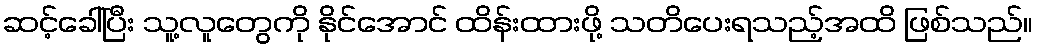
ဆင့်ခေါ်ပြီး သူ့လူတွေကို နိုင်အောင် ထိန်းထားဖို့ သတိပေးရသည့်အထိ ဖြစ်သည်။